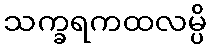
သက္ခရကထလမ္ပိ